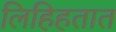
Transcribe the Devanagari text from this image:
लिहिहतात